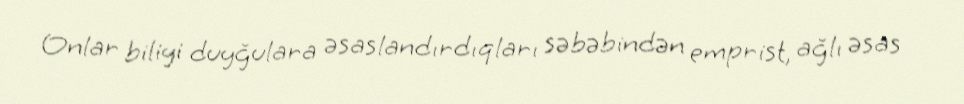
Onlar biliyi duyğulara əsaslandırdıqları səbəbindən emprist, ağlı əsas